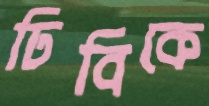
ঢিবিকে